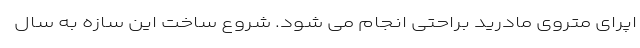
اپرای متروی مادرید براحتی انجام می شود. شروع ساخت این سازه به سال